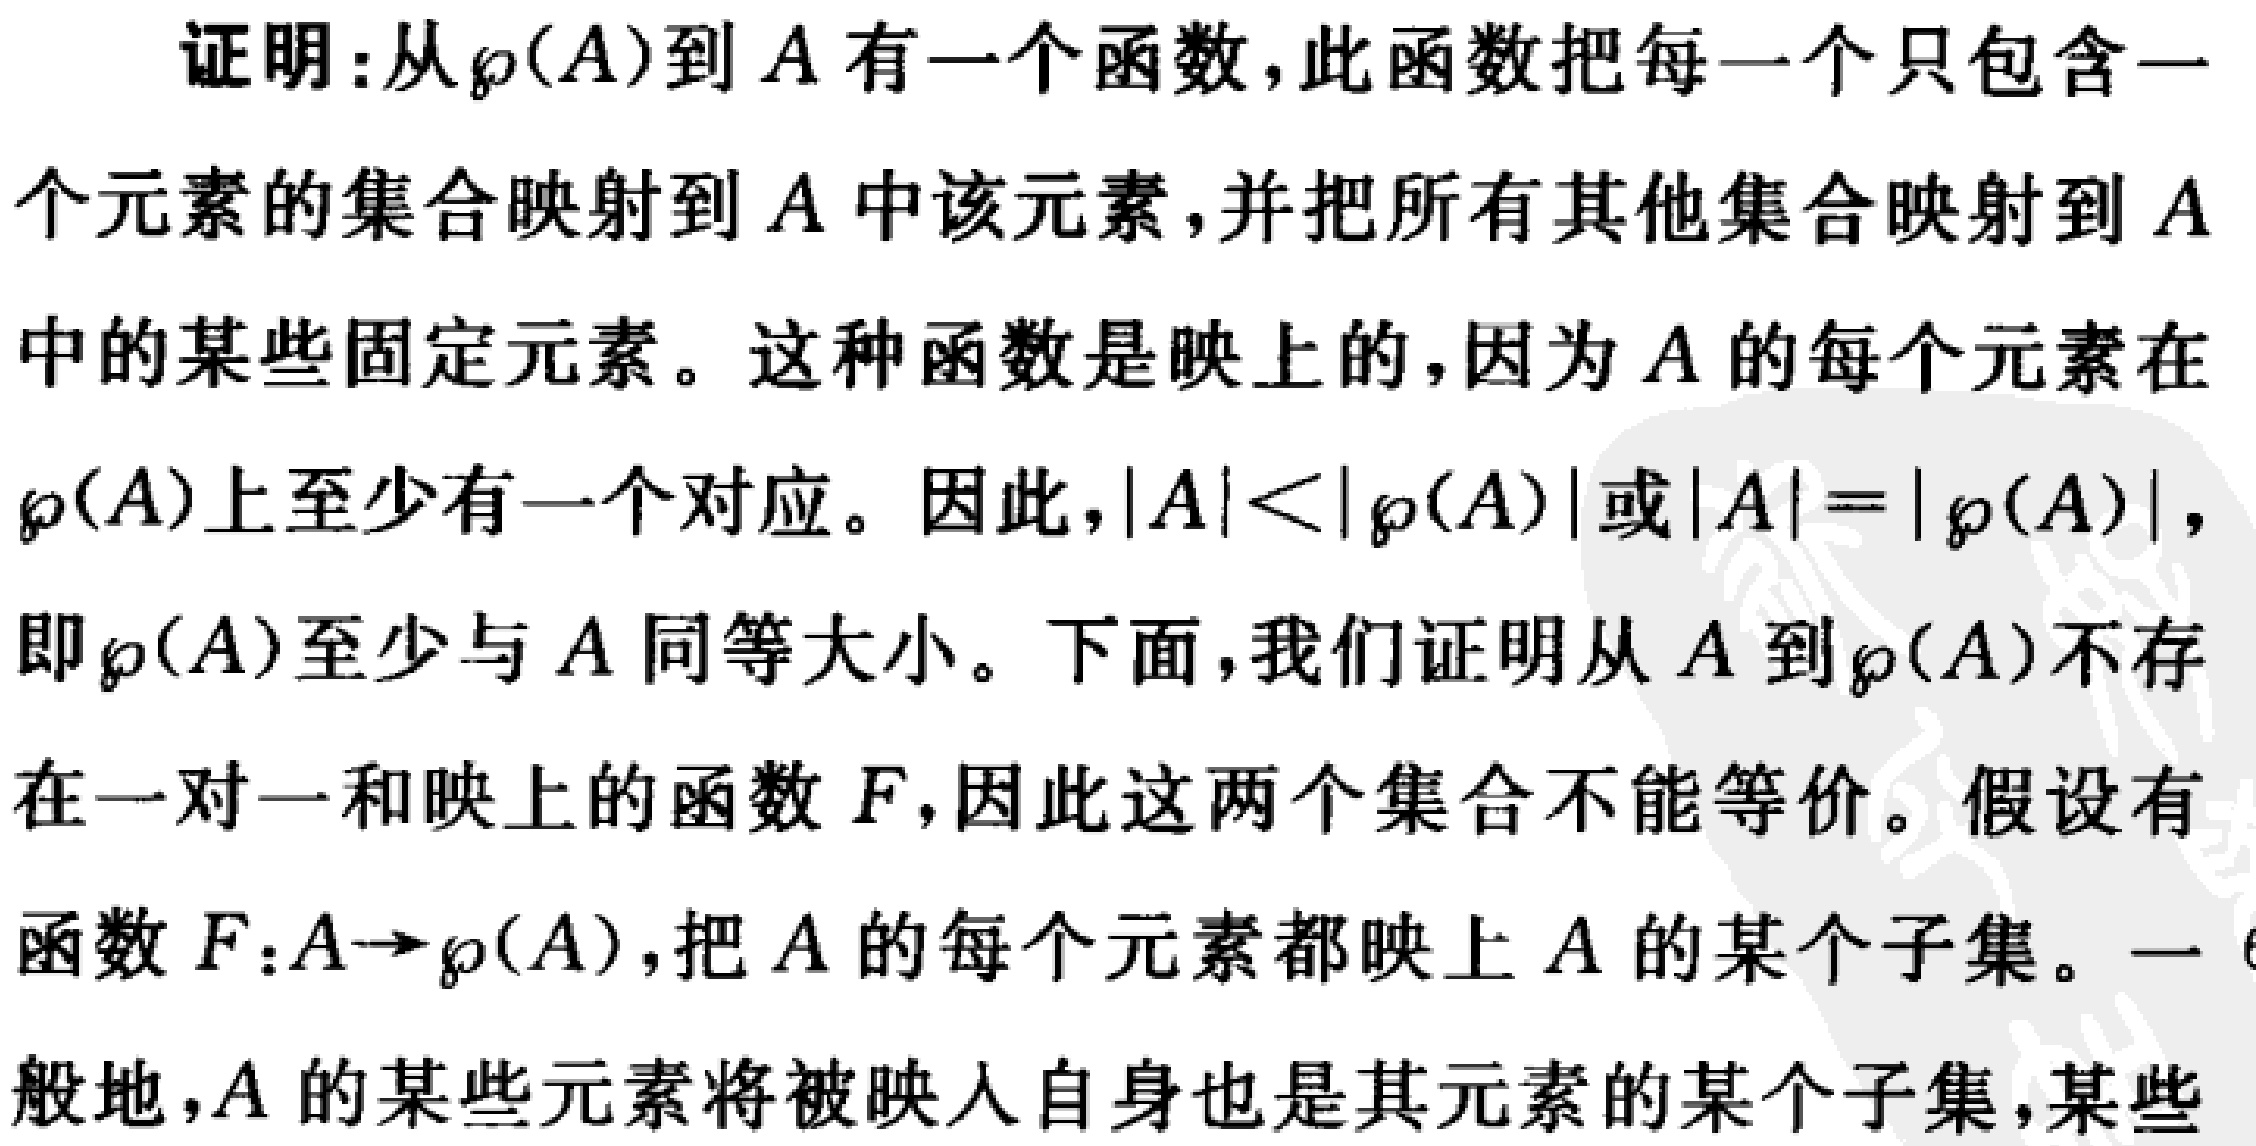
证明：从\(\wp(A)\)到\(A\)有一个函数，此函数把每一个只包含一
个元素的集合映射到\(A\)中该元素，并把所有其他集合映射到\(A\)
中的某些固定元素。这种函数是映上的，因为\(A\)的每个元素在
\(\wp(A)\)上至少有一个对应。因此，\(\vert A\vert<\vert\wp(A)\vert\)或\(\vert A\vert = \vert\wp(A)\vert\)，
即\(\wp(A)\)至少与\(A\)同等大小。下面，我们证明从\(A\)到\(\wp(A)\)不存
在一对一和映上的函数\(F\)，因此这两个集合不能等价。假设有
函数\(F:A\rightarrow\wp(A)\)，把\(A\)的每个元素都映上\(A\)的某个子集。一
般地，\(A\)的某些元素将被映入自身也是其元素的某个子集，某些